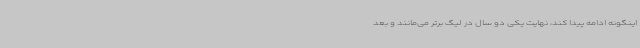
اینگونه ادامه پیدا کند، نهایت یکی دو سال در لیگ برتر می‌مانند و بعد